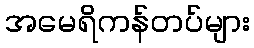
အမေရိကန်တပ်များ